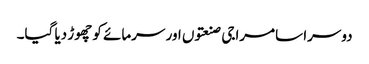
دوسرا سامراجی صنعتوں اور سرمائے کو چھوڑ دیا گیا۔